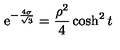
\mathrm { e } ^ { - { \frac { 4 \sigma } { \sqrt { 3 } } } } = { \frac { \rho ^ { 2 } } { 4 } } \cosh ^ { 2 } t